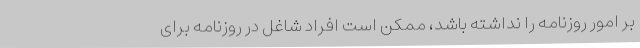
بر امور روزنامه را نداشته باشد، ممکن است افراد شاغل در روزنامه برای